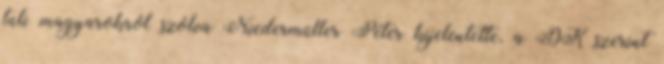
túli magyarokról szólva Niedermüller Péter kijelentette, a DK szerint